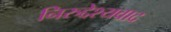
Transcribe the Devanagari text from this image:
निरुद्देश्यवाद